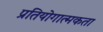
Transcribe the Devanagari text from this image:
प्रतियोगात्मकता